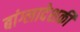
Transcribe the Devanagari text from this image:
बांग्लादेशकी